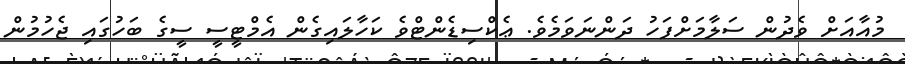
މުއާއަށް ވެދުން ސަލާމަށްފަހު ދަންނަވަމެވެ. ޢެކްސިޑެންޓްވެ ކަހާލައިގެން އެމްޓީސީ ސީގެ ބަހުގައި ޖެހުމުން